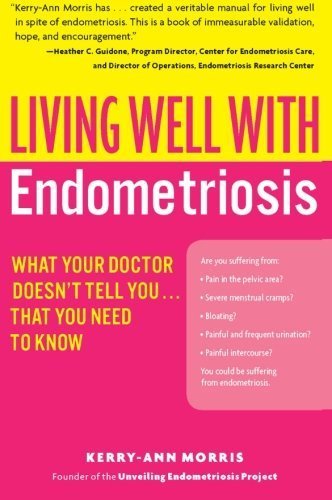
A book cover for Living Well with Endometriosis: What Your Doctor Doesn't Tell That You Need to Know (Living Well (Collins)) by Morris. Kerry-Ann ( 2006 ) Paperback; Health, Fitness & Dieting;